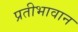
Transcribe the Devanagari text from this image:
प्रतीभावान